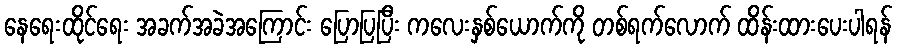
နေရေးထိုင်ရေး အခက်အခဲအကြောင်း ပြောပြပြီး ကလေးနှစ်ယောက်ကို တစ်ရက်လောက် ထိန်းထားပေးပါရန်